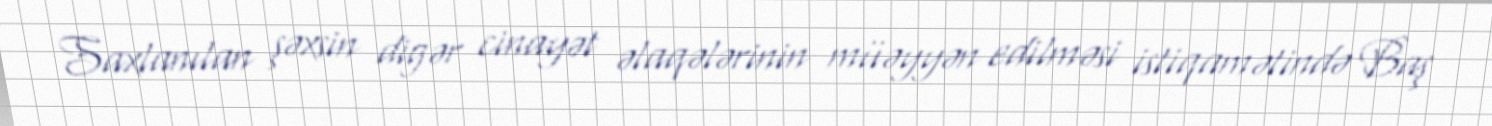
Saxlanılan şəxsin digər cinayət əlaqələrinin müəyyən edilməsi istiqamətində Baş